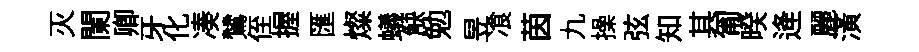
灭闌卿牙化凑鷥侄握匯燦蟻觖勉昱飡茵九操弦知其匍暌逄麗潢